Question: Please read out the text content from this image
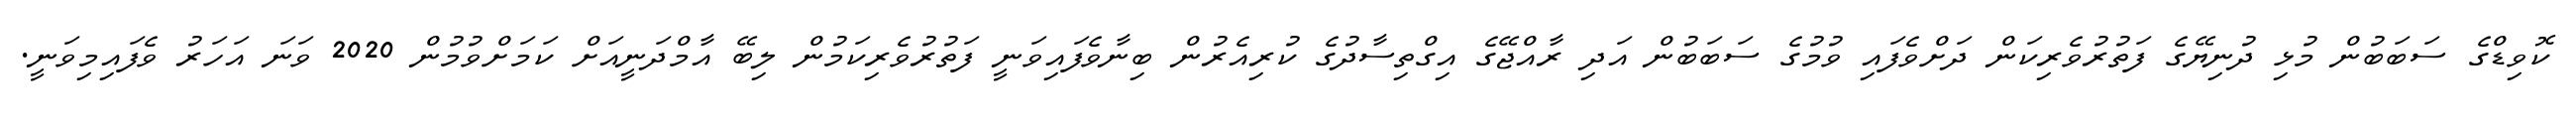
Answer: ކޮވިޑްގެ ސަބަބުން މުޅި ދުނިޔޭގެ ފަތުރުވެރިކަން ދަށްވެފައި ވުމުގެ ސަބަބުން އަދި ރާއްޖޭގެ އިގްތިސާދުގެ ކުރިއެރުން ބިނާވެފައިވަނީ ފަތުރުވެރިކަމުން ލިބޭ އާމްދަނީއަށް ކަމަށްވުމުން 2020 ވަނަ އަހަރު ވެފައިމިވަނީ.